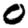
Digit: 0